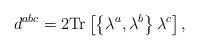
LaTeX: \begin{align*}d^{abc}= 2 \mbox{Tr} \left[ \left\{ \lambda^{a}, \lambda^{b} \right\} \lambda^{c} \right],\end{align*}